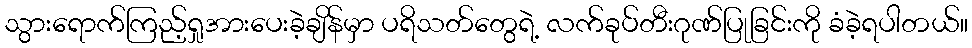
သွားရောက်ကြည့်ရှုအားပေးခဲ့ချိန်မှာ ပရိသတ်တွေရဲ့ လက်ခုပ်တီးဂုဏ်ပြုခြင်းကို ခံခဲ့ရပါတယ်။